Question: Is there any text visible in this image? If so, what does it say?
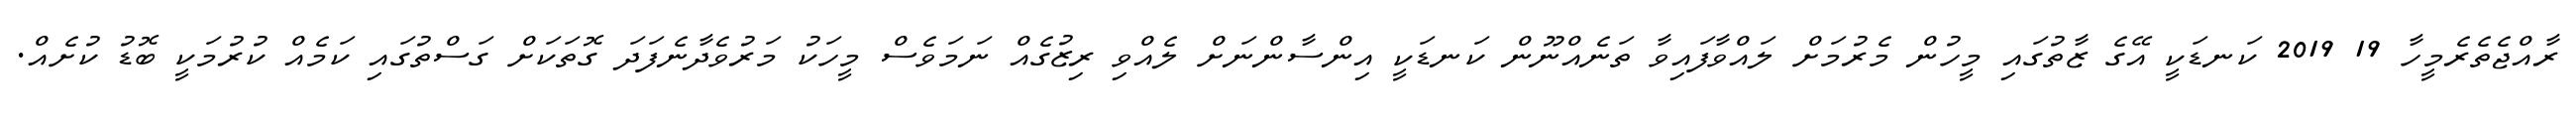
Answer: ރާއްޖެތެރެމީހާ 19 2019 ކަނޑަކީ އޭގެ ޒާތުގައި މީހުން މެރުމަށް ލައްވާފައިވާ ތަނެއްނޫން ކަނޑަކީ އިންސާންނަށް ލެއްވި ރިޒުގެއް ނަމަވެސް މީހަކު މަރުވެދާނެފަދަ ގޮތަކަށް ގަސްތުގައި ކަމެއް ކުރުމަކީ ބޮޑު ކުށެއް.